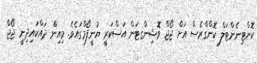
ކޮންޓިނެންޓަލް ކޮންގްރެސް އަށް ޖޯޖް ވޮޝިންގޓަން އަސްކަރީ ޔުނީފޯމްގައެވެ. މިއިން ދައްކައިދިނީ ޖޯޖް